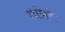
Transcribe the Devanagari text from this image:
लांबले